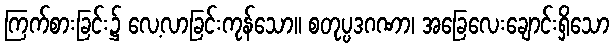
ကြက်စားခြင်း၌ လေ့လာခြင်းကုန်သော။ စတုပ္ပဒဂဏာ၊ အခြေလေးချောင်းရှိသော